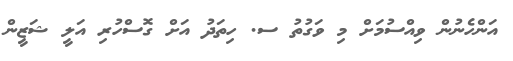
އަންހެނުން ވިއްސުމަށް މި ވަގުތު ސ. ހިތަދު އަށް ގޮސްހުރި އަލީ ޝަޒީން